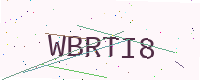
Text: WBRTI8